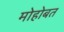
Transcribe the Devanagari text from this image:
मोहोबत